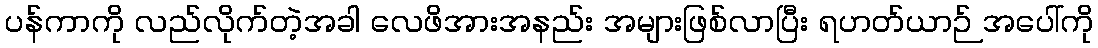
ပန်ကာကို လည်လိုက်တဲ့အခါ လေဖိအားအနည်း အများဖြစ်လာပြီး ရဟတ်ယာဉ် အပေါ်ကို